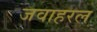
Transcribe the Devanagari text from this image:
जवाहरल